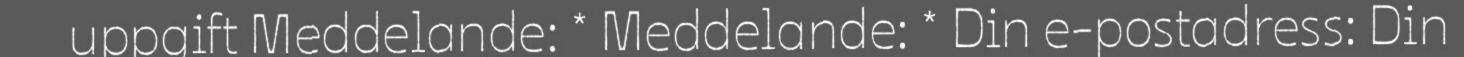
uppgift Meddelande: * Meddelande: * Din e-postadress: Din